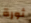
ثورة